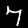
Digit: 7